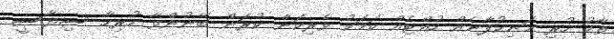
ތާކު ހުރި މަނިކުފާނެއް ހުއްޓެއް ކަމަކު ވެރިކަން ކުރަން ބޭނުންވާ ހުރިހާ ސިޔާސީ